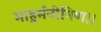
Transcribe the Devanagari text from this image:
माहुर्मनीषिण।।